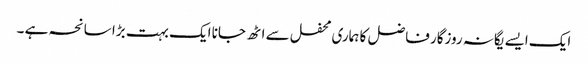
ایک ایسے یگانہ روزگار فاضل کا ہماری محفل سے اٹھ جانا ایک بہت بڑا سانحہ ہے ۔